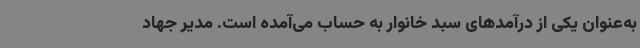
به‌عنوان یکی از درآمدهای سبد خانوار به حساب می‌آمده است. مدیر جهاد